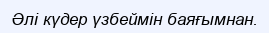
Әлі күдер үзбеймін баяғымнан.